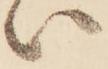
い